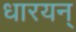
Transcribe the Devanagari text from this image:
धारयन्